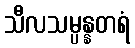
သီလသမ္ပန္နတရံ